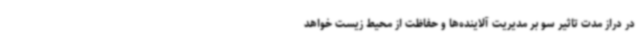
در دراز مدت تاثیر سو بر مدیریت آلاینده‌ها و حفاظت از محیط زیست خواهد